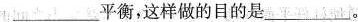
___平衡，这样做的目的是___。